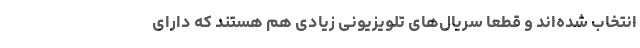
انتخاب شده‌اند و قطعا سریال‌های تلویزیونی زیادی هم هستند که دارای